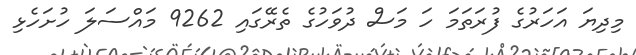
މިދިޔަ އަހަރުގެ ފުރަތަމަ ހަ މަސް ދުވަހުގެ ތެރޭގައި 9262 މައްސަލަ ހުށަހެޅި